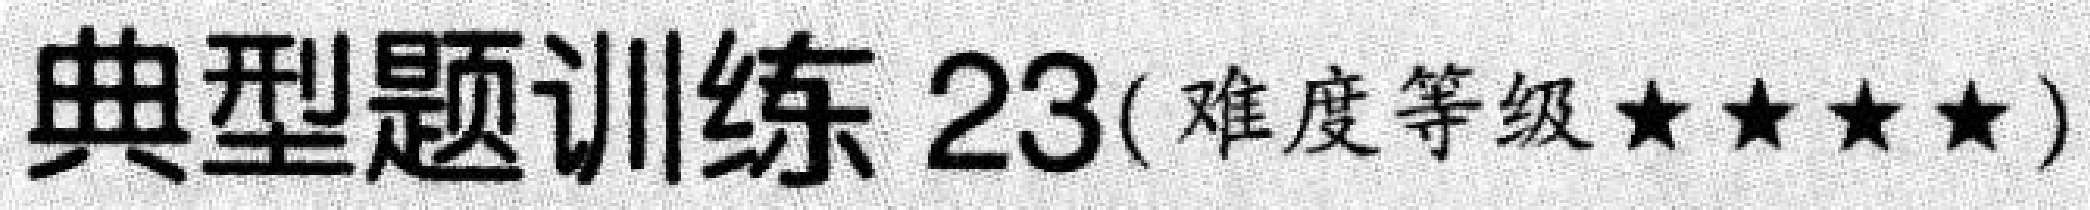
典型题训练 \(23(\)难度等级\(★★★★)\)